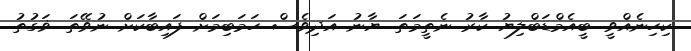
ކިހިނެއްވީ. ބީއެމްޑަބްލިޔު ކާރު ނެތީމަތަ. ޔާނު އަދިވެސް ހަމަބިމަށް ފައިބާކަށް ނުވޭތަ. ޥަގުތު